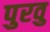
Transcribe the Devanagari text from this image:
पुरवु